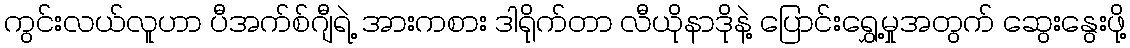
ကွင်းလယ်လူဟာ ပီအက်စ်ဂျီရဲ့ အားကစား ဒါရိုက်တာ လီယိုနာဒိုနဲ့ ပြောင်းရွှေ့မှုအတွက် ဆွေးနွေးဖို့